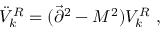
\ddot { V } _ { k } ^ { R } = ( \vec { \partial } ^ { 2 } - M ^ { 2 } ) V _ { k } ^ { R } ~ ,